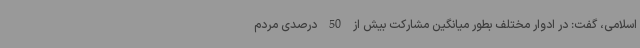
اسلامی، گفت: در ادوار مختلف بطور میانگین مشارکت بیش از 50 درصدی مردم